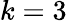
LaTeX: k=3